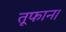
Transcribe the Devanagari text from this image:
तूफान।